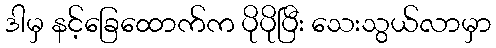
ဒါမှ နင့်ခြေထောက်က ပိုပိုပြီး သေးသွယ်လာမှာ